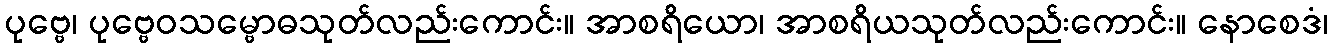
ပုဗ္ဗေ၊ ပုဗ္ဗေဝသမ္ဗောဓသုတ်လည်းကောင်း။ အာစရိယော၊ အာစရိယသုတ်လည်းကောင်း။ နောစေဒံ၊